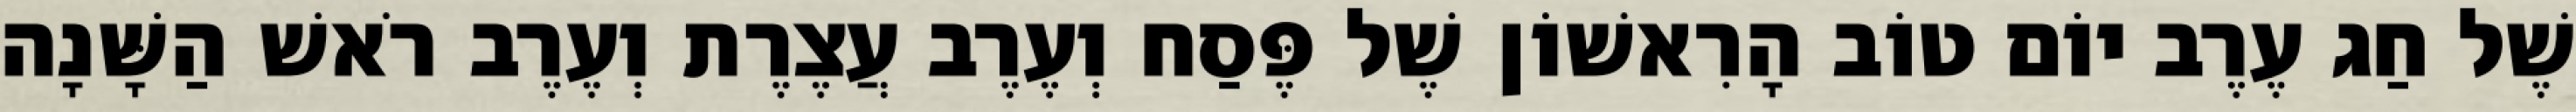
שֶׁל חַג עֶרֶב יוֹם טוֹב הָרִאשׁוֹן שֶׁל פֶּסַח וְעֶרֶב עֲצֶרֶת וְעֶרֶב רֹאשׁ הַשָּׁנָה